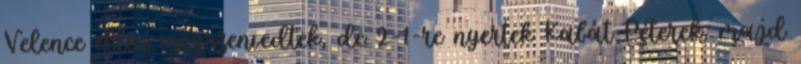
Velence ellen megszenvedtek, de 2–1-re nyertek Kabát Péterek, majd